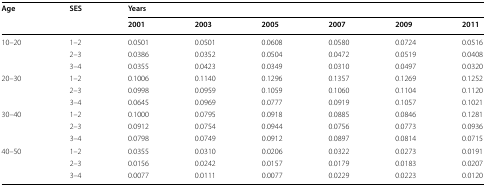
| <ROWSPAN=2> Age | <ROWSPAN=2> SES | <COLSPAN=6> Years |
 | 2001 | 2003 | 2005 | 2007 | 2009 | 2011 |
 | --- | --- | --- | --- | --- | --- | --- | --- |
 | <ROWSPAN=3> 10–20 | 1–2 | 0.0501 | 0.0501 | 0.0608 | 0.0580 | 0.0724 | 0.0516 |
 | 2–3 | 0.0386 | 0.0352 | 0.0504 | 0.0472 | 0.0519 | 0.0408 |
 | 3–4 | 0.0355 | 0.0423 | 0.0349 | 0.0310 | 0.0497 | 0.0320 |
 | <ROWSPAN=3> 20–30 | 1–2 | 0.1006 | 0.1140 | 0.1296 | 0.1357 | 0.1269 | 0.1252 |
 | 2–3 | 0.0998 | 0.0959 | 0.1059 | 0.1060 | 0.1104 | 0.1120 |
 | 3–4 | 0.0645 | 0.0969 | 0.0777 | 0.0919 | 0.1057 | 0.1021 |
 | <ROWSPAN=3> 30–40 | 1–2 | 0.1000 | 0.0795 | 0.0918 | 0.0885 | 0.0846 | 0.1281 |
 | 2–3 | 0.0912 | 0.0754 | 0.0944 | 0.0756 | 0.0773 | 0.0936 |
 | 3–4 | 0.0798 | 0.0749 | 0.0912 | 0.0897 | 0.0814 | 0.0715 |
 | <ROWSPAN=3> 40–50 | 1–2 | 0.0355 | 0.0310 | 0.0206 | 0.0322 | 0.0273 | 0.0191 |
 | 2–3 | 0.0156 | 0.0242 | 0.0157 | 0.0179 | 0.0183 | 0.0207 |
 | 3–4 | 0.0077 | 0.0111 | 0.0077 | 0.0229 | 0.0223 | 0.0120 |